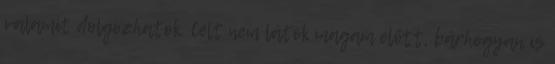
valamit dolgozhatok. Célt nem látok magam előtt, bárhogyan is